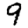
Digit: 9